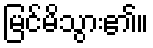
မြင်မိသွား၏။